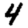
Digit: 4